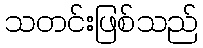
သတင်းဖြစ်သည်